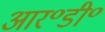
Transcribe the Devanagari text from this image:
आर॰डी॰